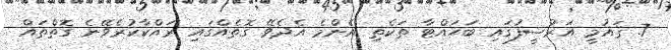
7. ޤައުމީ އަރުޝީފުގައި ބަހައްޓާ ތަކެތި އެންމެ އެދެވޭ ގޮތެއްގައި ރައްކާކުރެވޭނެ ގޮތްތައް